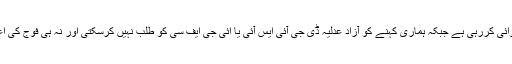
اس وقت فوج بلوچستان میں جیسے چاہتی ہے کاروائی کررہی ہے جبکہ ہماری کہنے کو آزاد عدلیہ ڈی جی آئی ایس آئی یا ائی جی ایف سی کو طلب نہیں کرسکتی اور نہ ہی فوج کی اعلیٰ قیادت سے کوئی جواب طلبی کی جاسکتی ہے۔